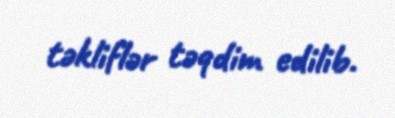
təkliflər təqdim edilib.